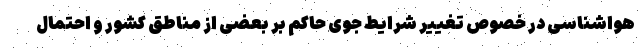
هواشناسی در خصوص تغییر شرایط جوی حاکم بر بعضی از مناطق کشور و احتمال